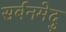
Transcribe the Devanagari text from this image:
सर्बनमेदु